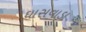
ઘાસવાડા